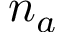
n _ { a }